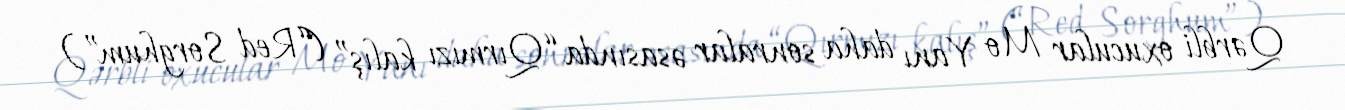
Qərbli oxucular Mo Yanı daha sonralar əsasında “Qırmızı kalış” (“Red Sorghum”)